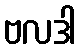
ဗလဒါ